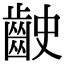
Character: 𪗧